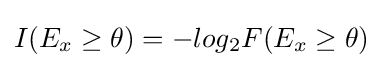
I(E_{x}\geq \theta )=-log_{2}F(E_{x}\geq \theta )